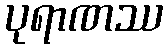
ပုရာဏဿ